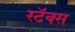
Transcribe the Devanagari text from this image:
स्टॅक्स